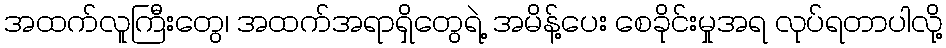
အထက်လူကြီးတွေ၊ အထက်အရာရှိတွေရဲ့ အမိန့်ပေး စေခိုင်းမှုအရ လုပ်ရတာပါလို့